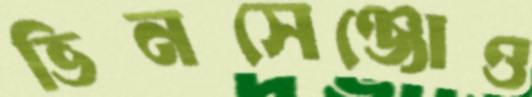
ভিনসেঞ্জোও